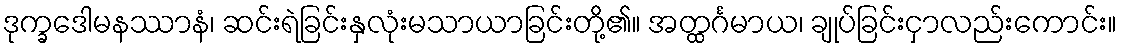
ဒုက္ခဒေါမနဿာနံ၊ ဆင်းရဲခြင်းနှလုံးမသာယာခြင်းတို့၏။ အတ္ထင်္ဂမာယ၊ ချုပ်ခြင်းငှာလည်းကောင်း။